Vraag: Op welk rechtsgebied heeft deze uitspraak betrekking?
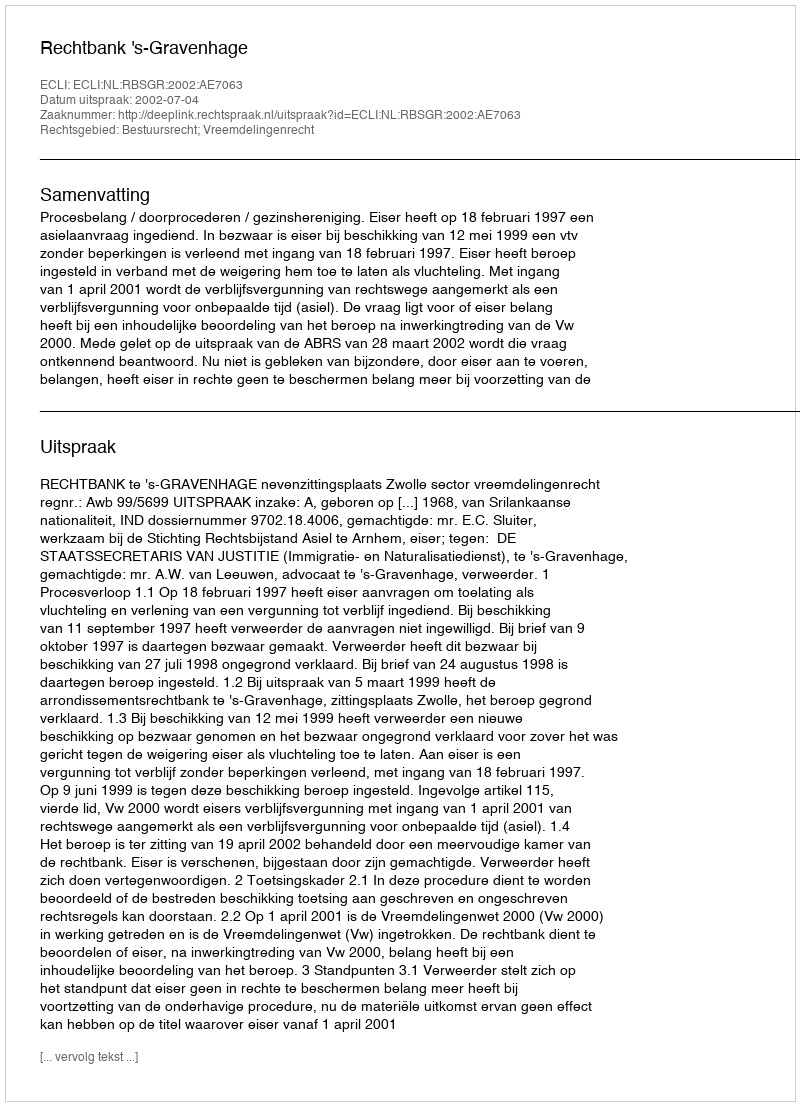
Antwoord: Bestuursrecht; Vreemdelingenrecht